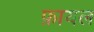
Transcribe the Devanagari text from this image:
फ़ायल